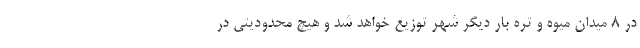
در ۸ میدان میوه و تره بار دیگر شهر توزیع خواهد شد و هیچ محدودیتی در